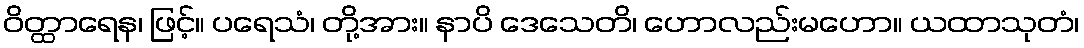
ဝိတ္ထာရေန၊ ဖြင့်။ ပရေသံ၊ တို့အား။ နာပိ ဒေသေတိ၊ ဟောလည်းမဟော။ ယထာသုတံ၊